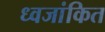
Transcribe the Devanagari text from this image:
ध्वजांकित